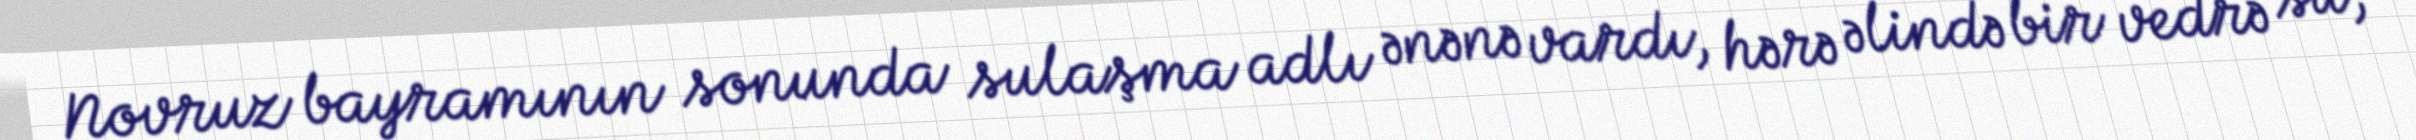
Novruz bayramının sonunda sulaşma adlı ənənə vardı, hərə əlində bir vedrə su,